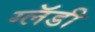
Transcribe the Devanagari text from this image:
ग्लॅडी